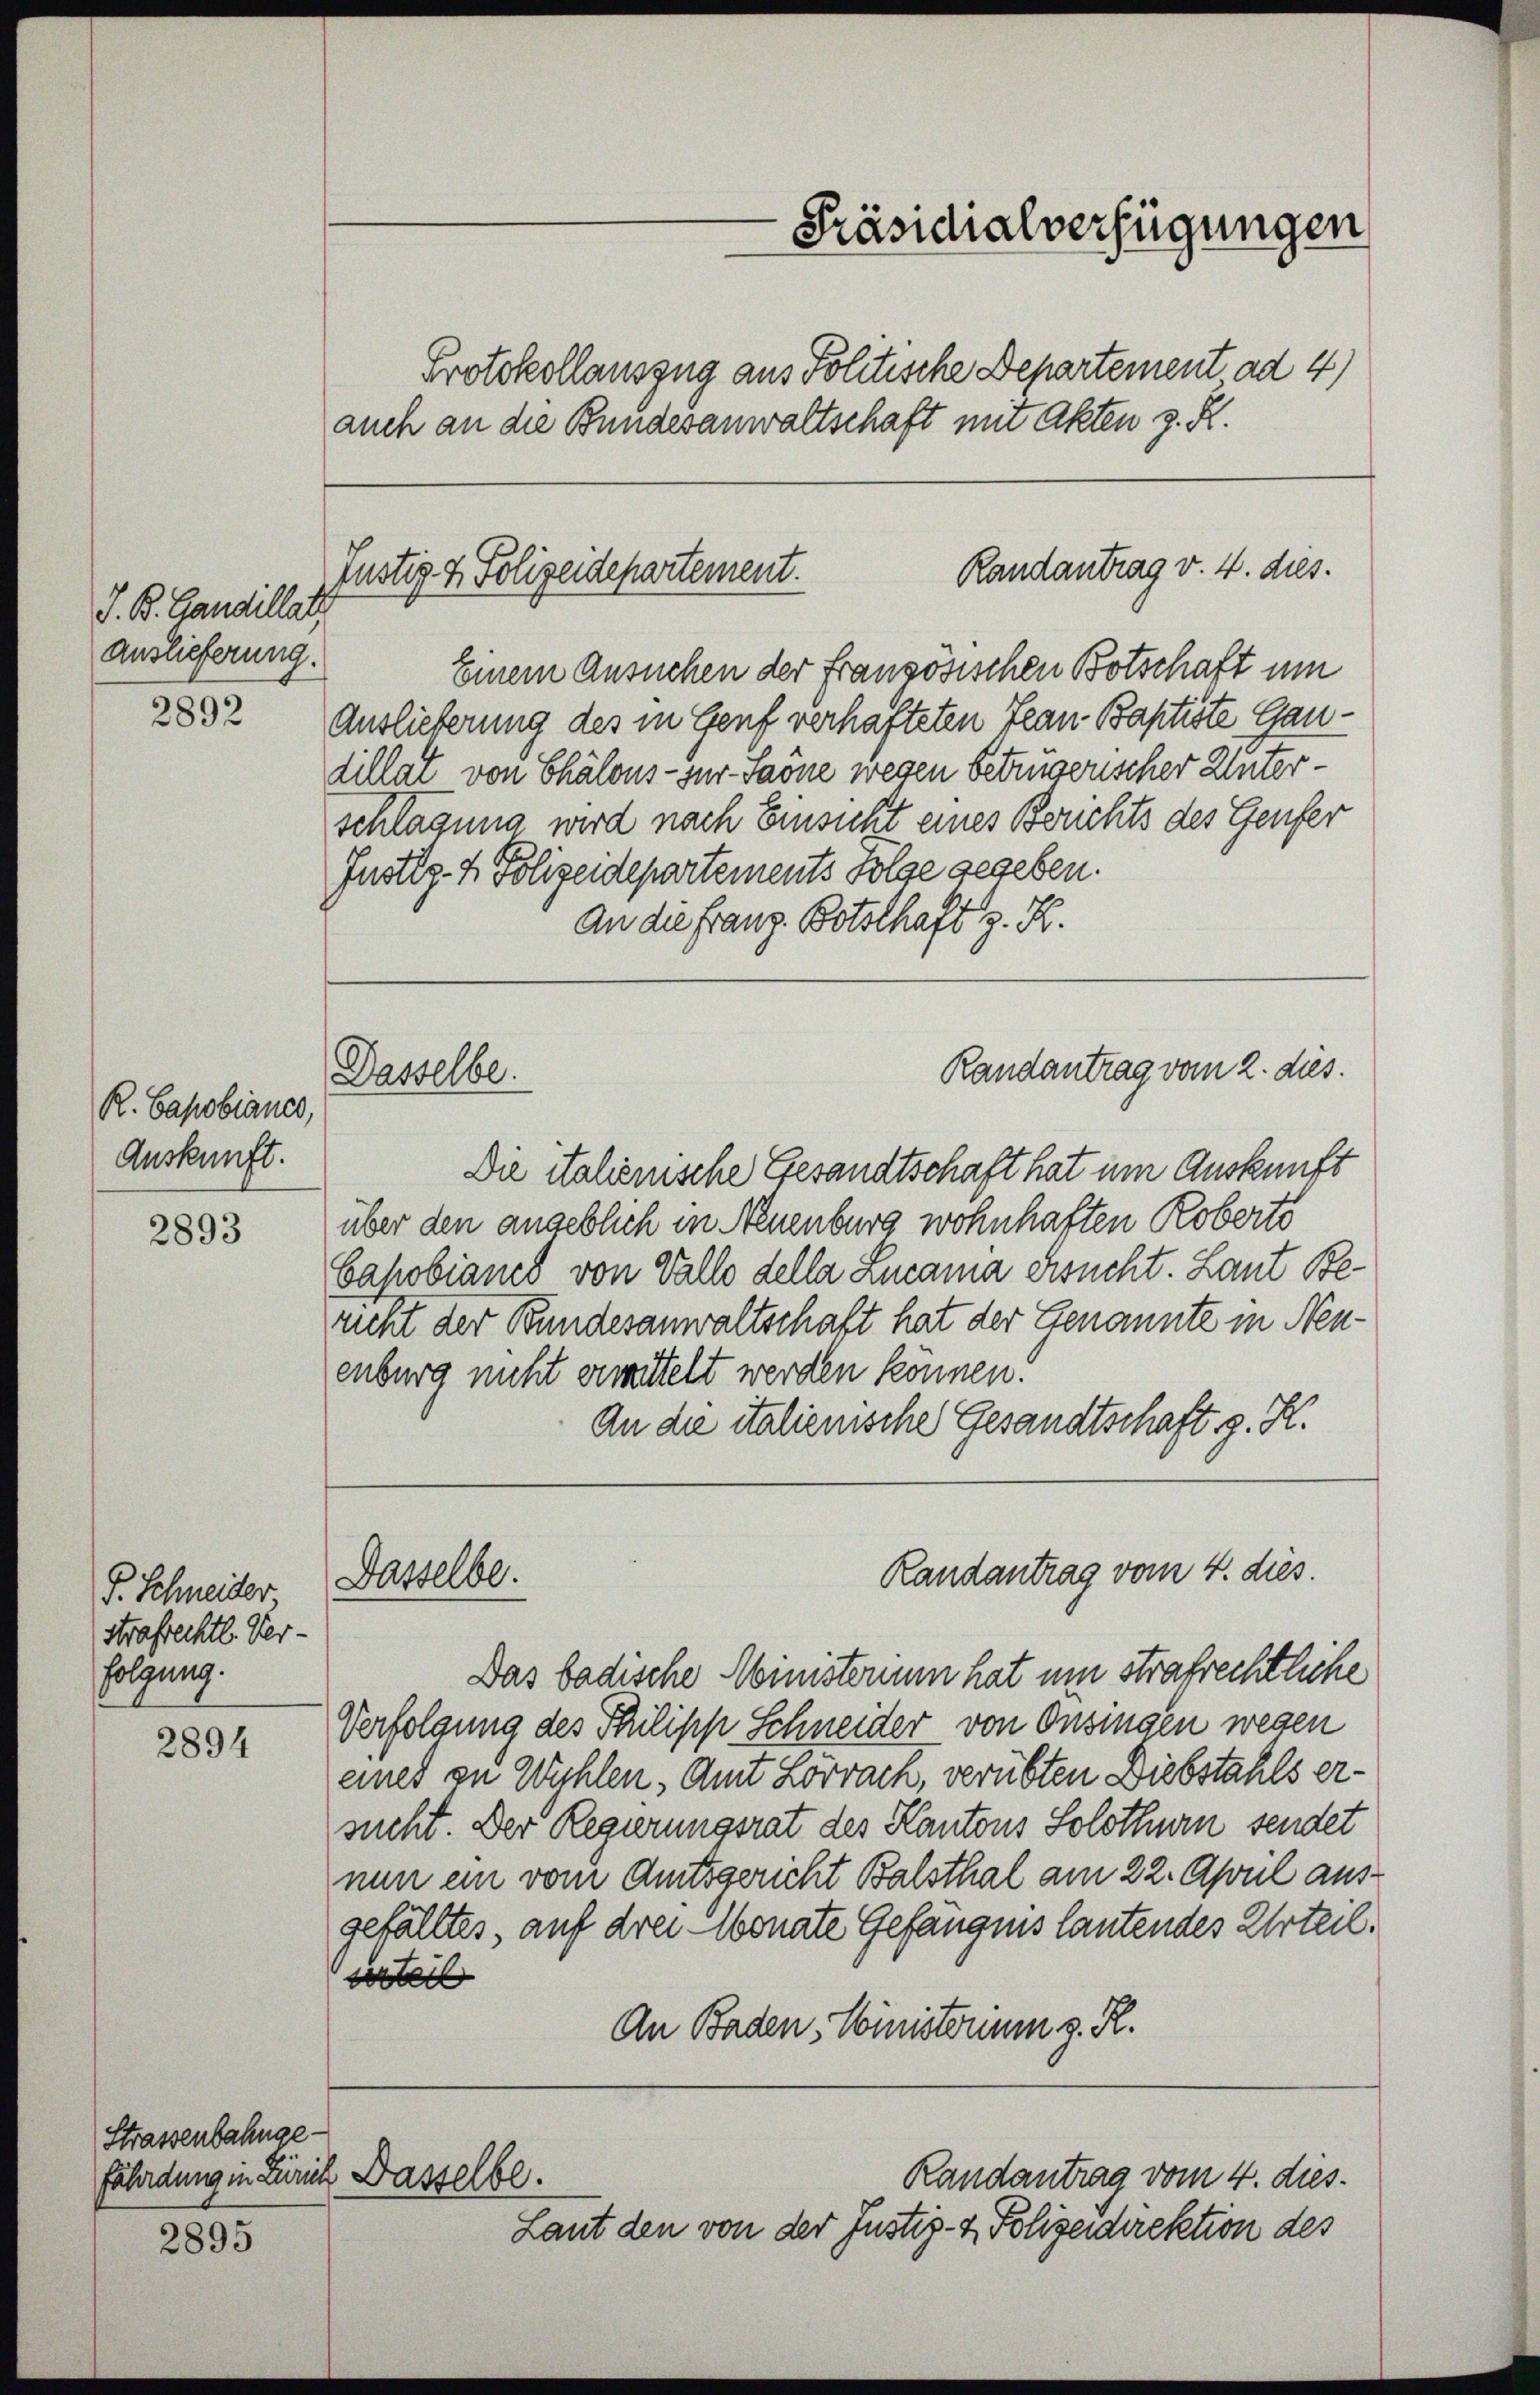
J. K. Candillat
Auslieferung.

2892

R. Capobianes,
Auskunft.

2893

P. Schneider
Strafrechtl. Verfolgung.

2894

Strassenbahngefährdung in Zürich Dasselbe.

2895

Einem Ansuchen der Französischen Botschaft um
Auslieferung des in Genf verhafteten Jean Baptiste Gau-
dillat von Chalons- zur Saöne wegen Betrugerischer Unter
schlagung wird nach Einsicht eines Borchts des Genfer
Fustiz- & Polizeidepartements Folge gegeben.
An die Franz Botschaft z. R.

Protokollauszug aus Politische Departement ad 4)
auch an die Bundesanwaltschaft mit Akten z. R.

Randantrag v. 4. dies.
Justiz & Polizeidepartement.

Dasselbe.

Dasselbe.

Die italienische Gesandtschaft hat um Auskunft
über den angeblich in Neuenburg wohnhaften Roberts
bapobianes von Vallo della Lucama ersucht. Laut Bericht der Bundesanwaltschaft hat der Genannte in Neu-
enburg nicht ermittelt werden können.
An die italienische Gesandtschaft g. K.
Das badische Ministerium hat um strafrechtliche
Verfolgung des Philipp Schneider von Ansingen wegen
eines zu Wyhlen, Amt Lörrach, verübten Diebstahls ersucht. Der Regierungsrat des Kantons Solothurn sendet
nun ein vom Amtsgericht Balsthal am 22. April ausgefälltes, auf drei Monate Gefängnis lautendes Urteil.
worteil
An Baden, Ministerium z. R.
Randantrag vom 4. dies¬
Laut den von der Justiz- & Polizeidirektion des

-Präsidialverfügungen

Randantrag vom 2. dies.

Randantrag vom 4. dies.